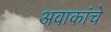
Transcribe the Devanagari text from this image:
अवाकांचे